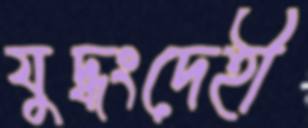
যুদ্ধংদেহী